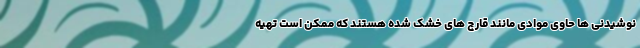
نوشیدنی ها حاوی موادی مانند قارچ های خشک شده هستند که ممکن است تهیه